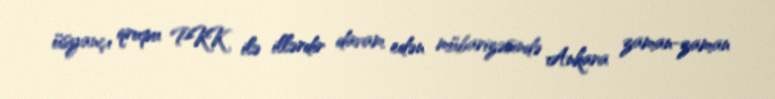
üsyançı qrupu PKK ilə illərdir davam edən mübarizəsində Ankara zaman-zaman